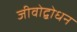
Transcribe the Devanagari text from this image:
जीवोद्बोधन